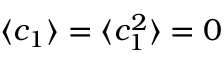
\langle c _ { 1 } \rangle = \langle c _ { 1 } ^ { 2 } \rangle = 0